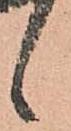
候